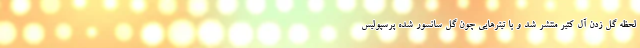
لحظه گل زدن آل کثیر منتشر شد و با تیترهایی چون گل سانسور شده پرسپولیس